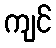
ကျင်